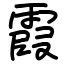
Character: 霞